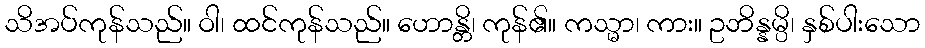
သိအပ်ကုန်သည်။ ဝါ၊ ထင်ကုန်သည်။ ဟောန္တိ၊ ကုန်၏။ ကသ္မာ၊ ကား။ ဥဘိန္နမ္ပိ၊ နှစ်ပါးသော